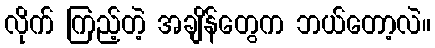
လိုက် ကြည့်တဲ့ အချိန်တွေက ဘယ်တော့လဲ။